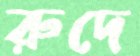
রুদে